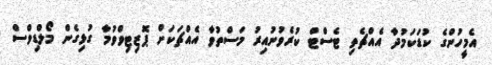
އެމީހުންގެ ކުޑަކަމުދާ އެއްޗެތި ޓެސްޓް ކުރެވުނުއިރު މަސްތުވާ އެއްޗަކަށް ޕޮޒިޓިވްވުމާ ގުޅިގެން މޯލްޑިވްސް